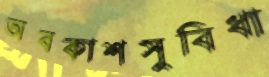
অবকাশসুবিধা